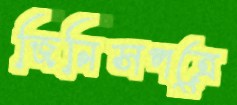
জিনিসপত্রে